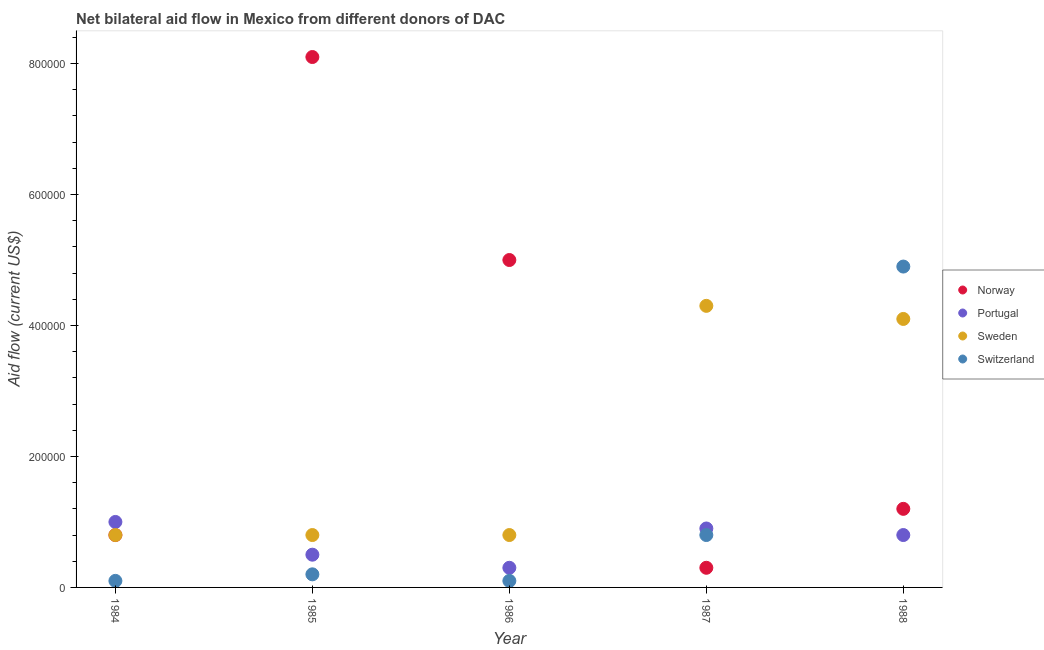
| Year | Norway | Portugal | Sweden | Switzerland |
 | --- | --- | --- | --- | --- |
 | 1984 | 8e+04 | 1e+05 | 8e+04 | 1e+04 |
 | 1985 | 8.1e+05 | 5e+04 | 8e+04 | 2e+04 |
 | 1986 | 5e+05 | 3e+04 | 8e+04 | 1e+04 |
 | 1987 | 3e+04 | 9e+04 | 4.3e+05 | 8e+04 |
 | 1988 | 1.2e+05 | 8e+04 | 4.1e+05 | 4.9e+05 |